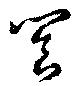
饗